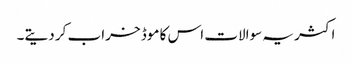
اکثر یہ سوالات اس کا موڈ خراب کر دیتے۔